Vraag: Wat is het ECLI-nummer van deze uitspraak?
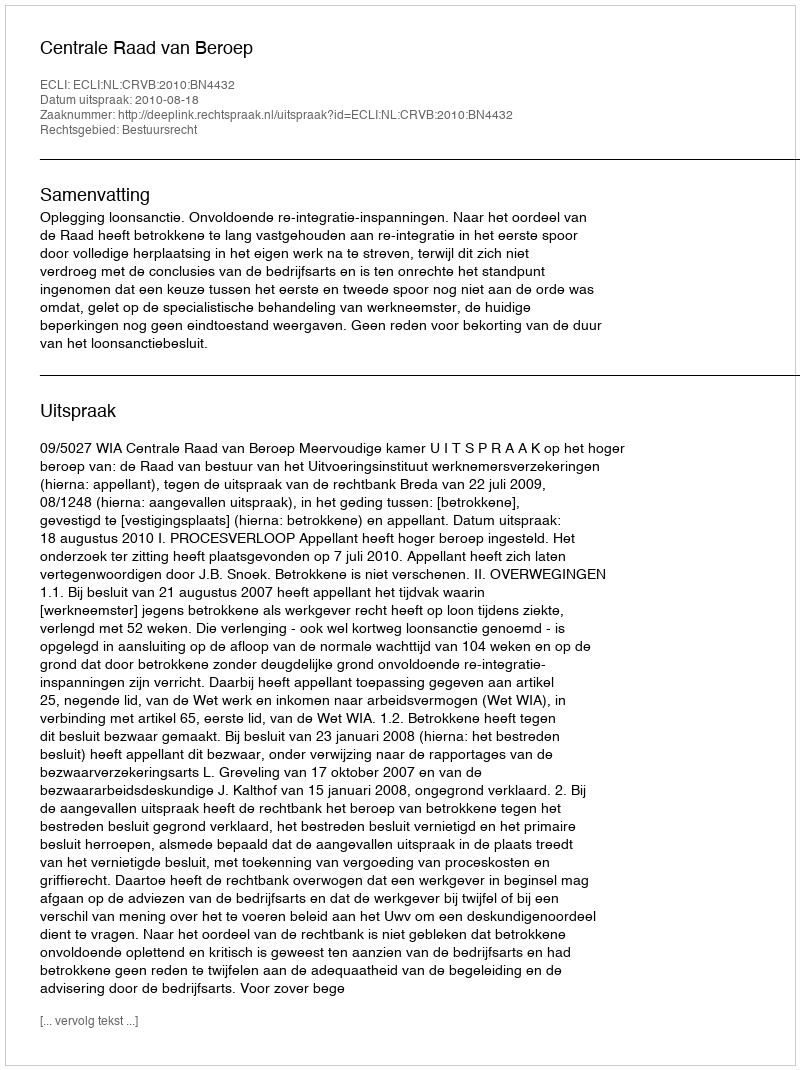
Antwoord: ECLI:NL:CRVB:2010:BN4432